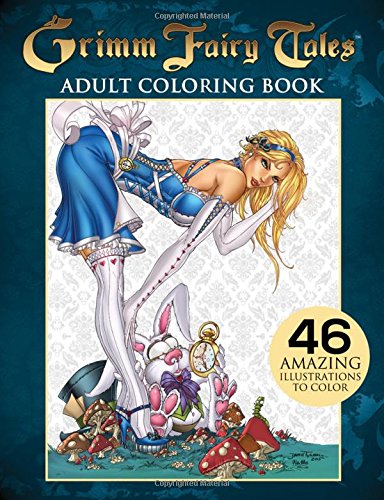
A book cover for Grimm Fairy Tales Adult Coloring Book; Comics & Graphic Novels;